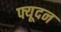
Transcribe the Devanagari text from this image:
फ्यूदन